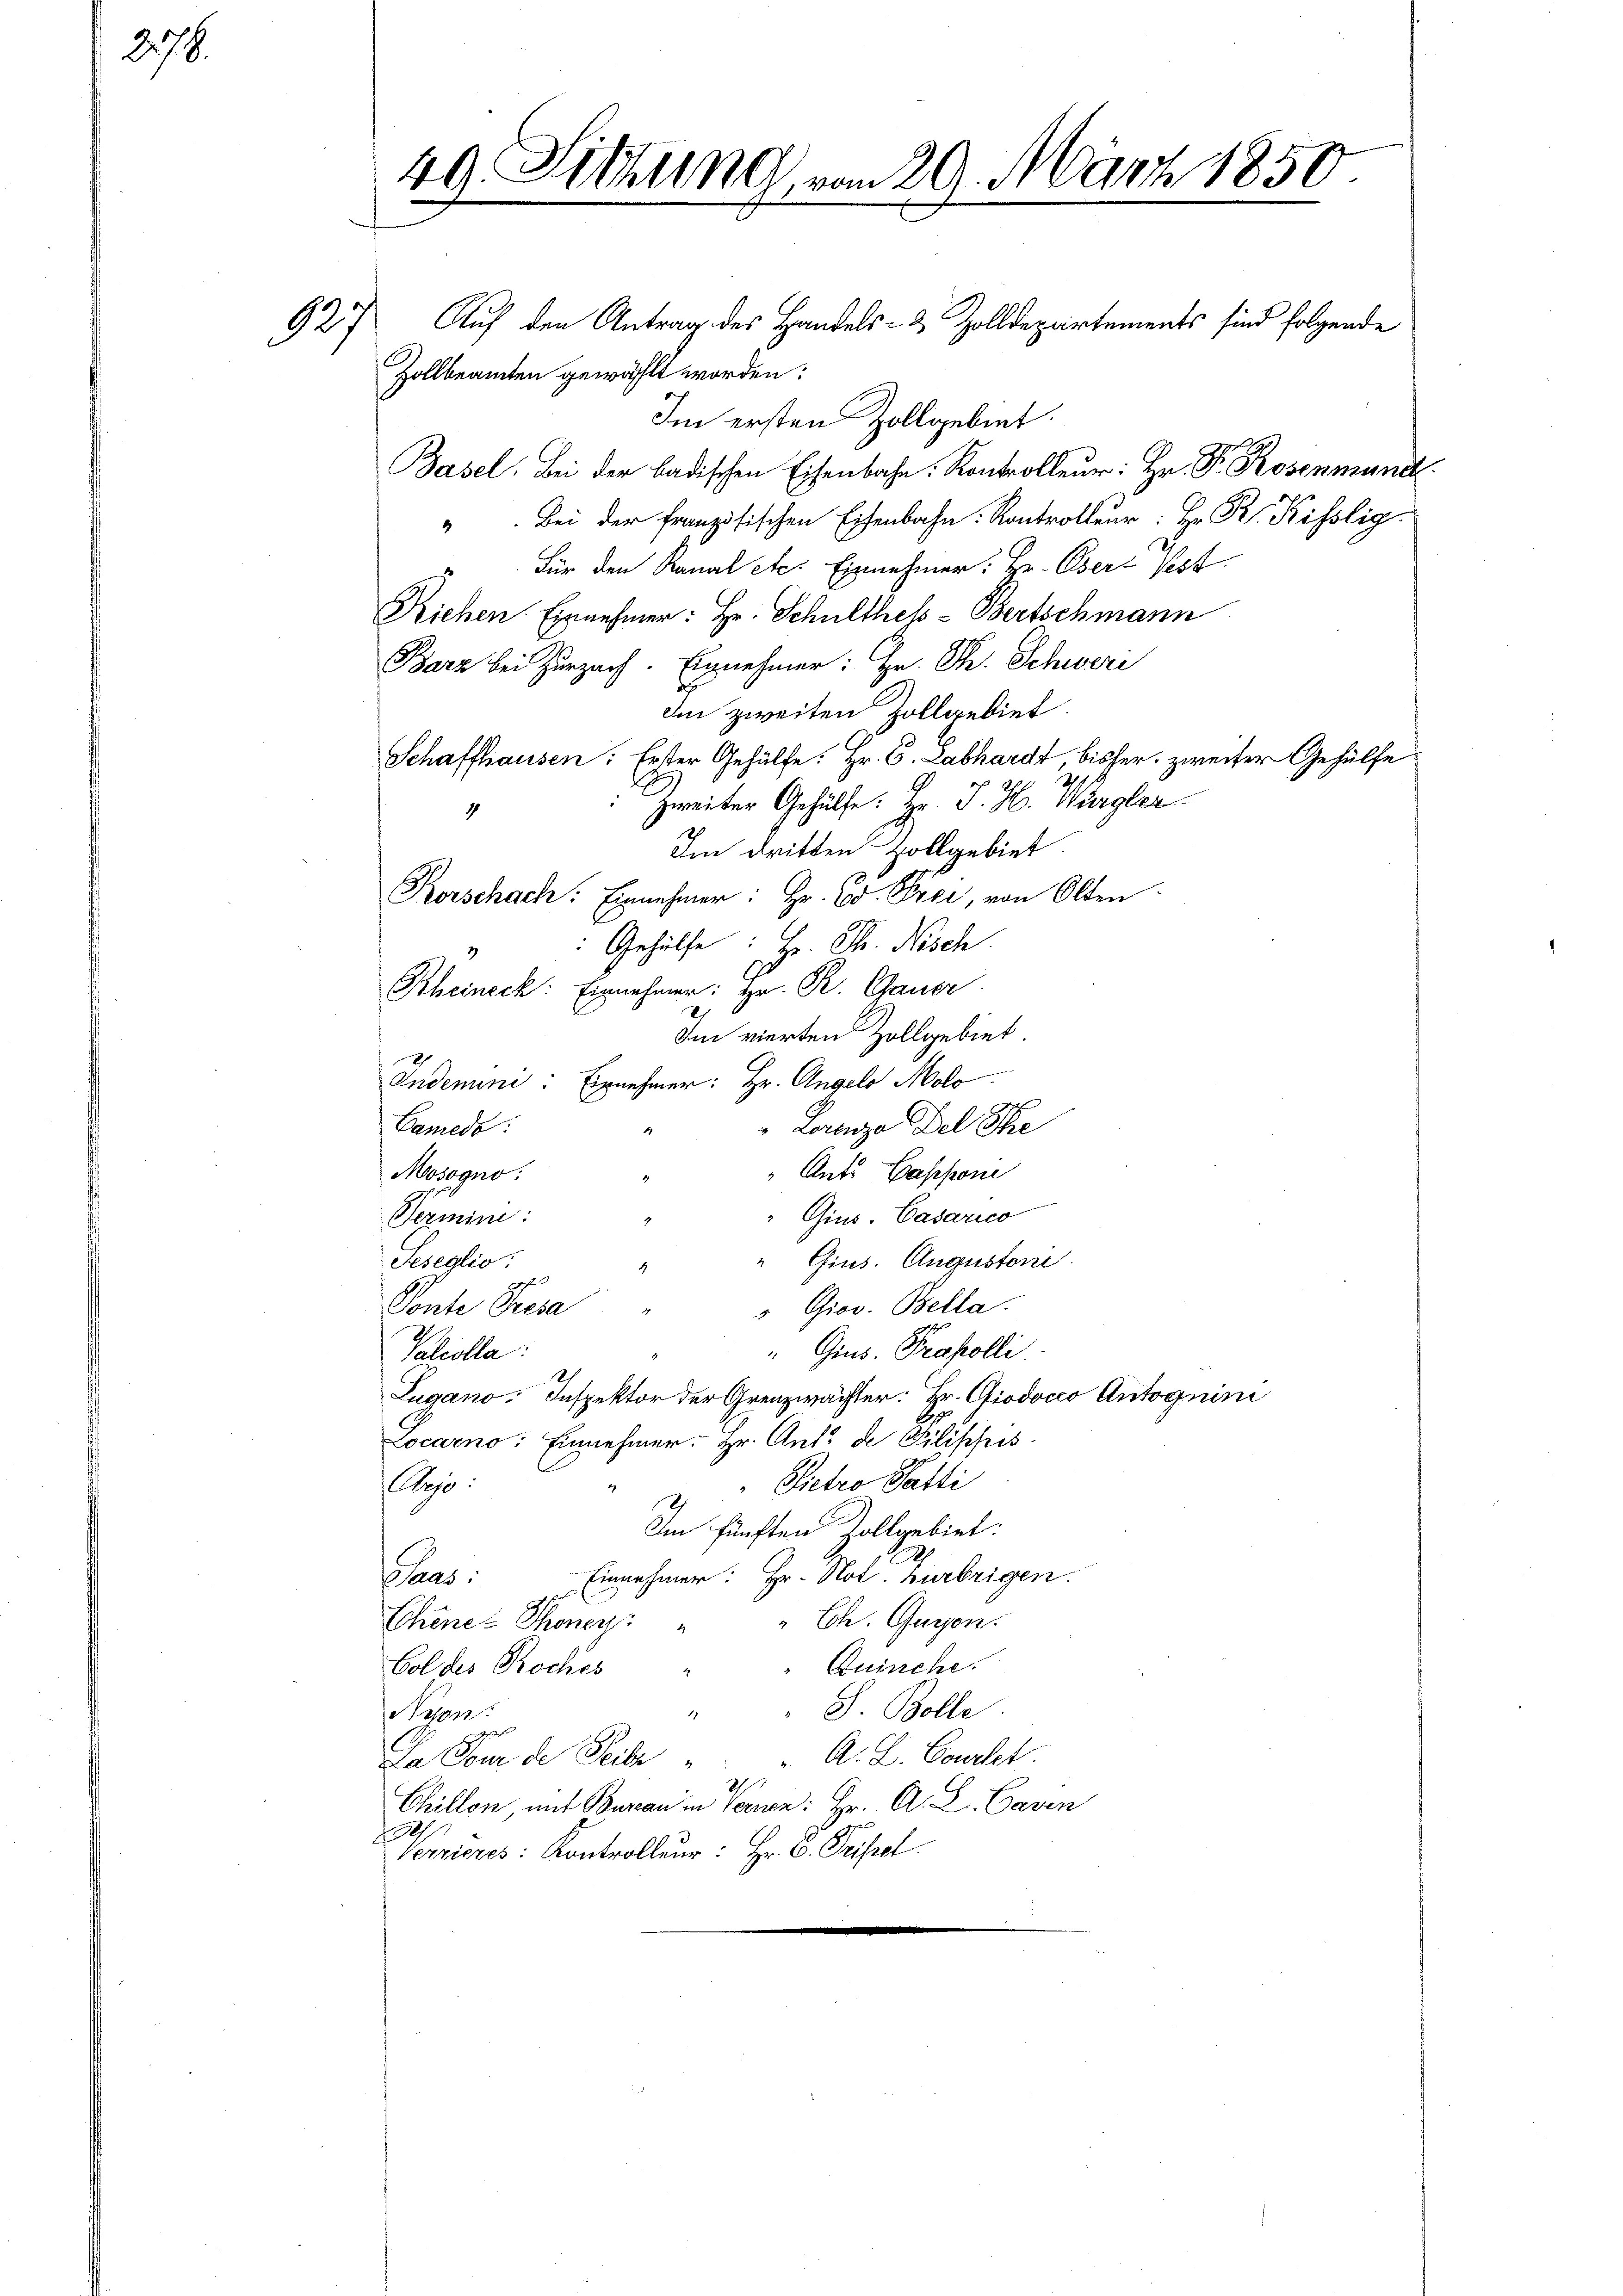
278.

927

49. Sitzung vom 29. März 1850.

Zollbeamten gewählt worden:
Im ersten Zollgebiet.
Basel. Bei der badischen Eisenbahn. Kontrolleur: Hr. Pr. Rosenmund
" bei der französischen Eisenbahn Kontrolle. Hr. R. Kilig
Für den Kanal etc. Einnehmer: Hr. Osert Pest
Riehen Einnehmer: Hr. Schulthess-Bertschmann
Barz bei Zurzach. Einnehmer: Hr. P. Schwere
de zweiten Zollgebiet.
Schaffhausen. Erster Gehülfe: Hr. C. Labhardt, bisher, zweiter Gehülfe
Zweiter Gehülfe. Hr. J. H. Wergler
4
Im dritten Zollgebiet.
Korschach: Ernehmer: Hr. Gr. Prei, von Olten.
Gehülfe: Hr. Th. Nesch
Rheineck: Einnehmer: Hr. R. Gauer
.
Im vierten Zollgebiet
Indemni: Einnehmer: Hr. Angelo Molo
Cameda:
" Lorenza del Ste
1
Ants Capponi
Mosogno
Gius. Casarico
Termini:
" Gins. Augustoni
Teseglio:
4
Ponte Presa " " Giov. Bella.
" Gins. Prokolli
Valcolla
Lugano. Inspektor der Grenzwächter: Hr. Giodocco Antognini
Locarno: Einnehmer. Hr. Ant. de Pilippis
Pietro Gatti
Obje
2
Im fünften Zollgebiet:
Saas: Einnehmer: Hr. Not. Zurbrigen.
" Ch. Guyen.
Chene Thoney
Quinche.
Goldes Roches
S. Bolle.
Penz
F. J.
geht
Da Cour de Seite " " " A. L. Courtet.
2
Chillon, mit Bureau in Vernen: Hr. A. L. Caven
1
Verrieres: Kontrolleur: Hr. C. Seifel.

Auf den Antrag des Handels- & Zolldepartements sind folgende